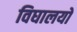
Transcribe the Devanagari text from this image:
विघालयों